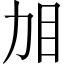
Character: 𱲤